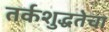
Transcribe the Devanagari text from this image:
तर्कशुद्धतेचा